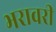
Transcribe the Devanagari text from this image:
भरावरी